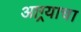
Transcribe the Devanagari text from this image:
आग्र्याचा